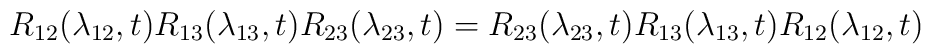
R_{12}(\lambda_{12},t)R_{13}(\lambda_{13},t)R_{23}(\lambda_{23},t) =R_{23}(\lambda_{23},t)R_{13}(\lambda_{13},t)R_{12}(\lambda_{12},t)